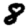
Digit: 8